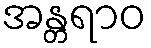
အန္တရာဝ